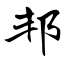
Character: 邦